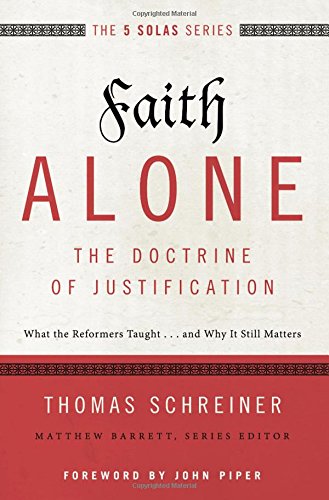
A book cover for Faith Alone---The Doctrine of Justification: What the Reformers Taught...and Why It Still Matters (The Five Solas Series); Thomas R. Schreiner; Christian Books & Bibles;